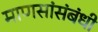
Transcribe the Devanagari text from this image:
माणसांसंबंधी